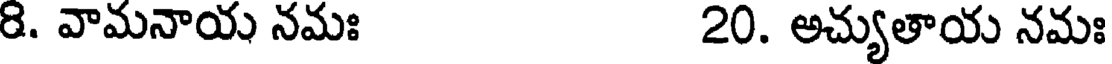
8. వామనాయ నమః 20. అచ్యుతాయ నమః